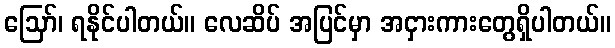
ဩော်၊ ရနိုင်ပါတယ်။ လေဆိပ် အပြင်မှာ အငှားကားတွေရှိပါတယ်။